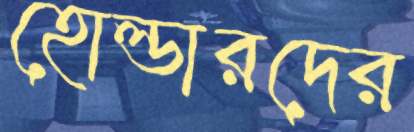
হোল্ডারদের